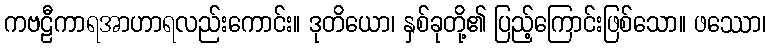
ကဗဠီကာရအာဟာရလည်းကောင်း။ ဒုတိယော၊ နှစ်ခုတို့၏ ပြည့်ကြောင်းဖြစ်သော။ ဖဿော၊